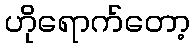
ဟိုရောက်တော့